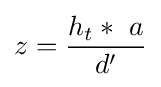
z={\frac {h_{t}*~a}{d'}}